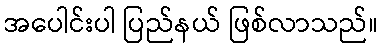
အပေါင်းပါ ပြည်နယ် ဖြစ်လာသည်။